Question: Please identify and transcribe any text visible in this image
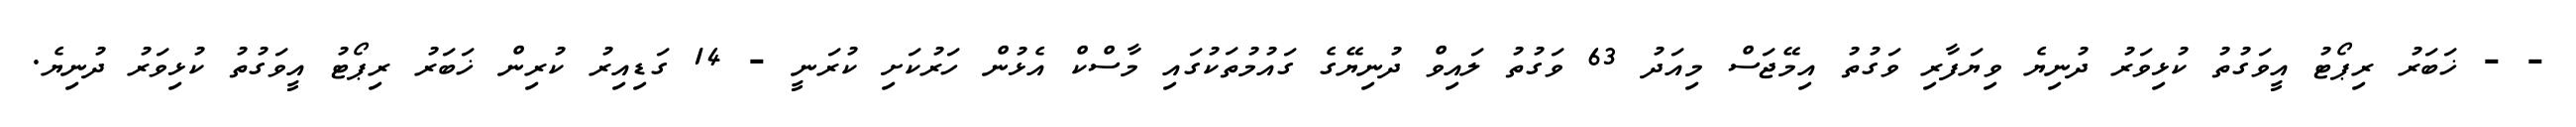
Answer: - - ޚަބަރު ރިޕޯޓު އީވަގުތު ކުޅިވަރު ދުނިޔެ ވިޔަފާރި ވަގުތު އިމޭޖަސް މިއަދު 63 ވަގުތު ލައިވް ދުނިޔޭގެ ގައުމުތަކުގައި މާސްކް އެޅުން ހަރުކަށި ކުރަނީ - 14 ގަޑިއިރު ކުރިން ޚަބަރު ރިޕޯޓު އީވަގުތު ކުޅިވަރު ދުނިޔެ.